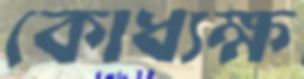
কোধ্যক্ষ